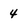
Character: 4